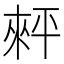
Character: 𢆠